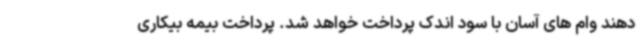
دهند وام های آسان با سود اندک پرداخت خواهد شد. پرداخت بیمه بیکاری